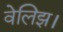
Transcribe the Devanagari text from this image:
वेलिझ।